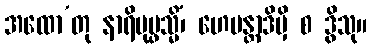
အထော’တု နာရိပုပ္ဖသ္မိံ၊ ဟေမန္တာဒိမှိ စ ဒွိသု။